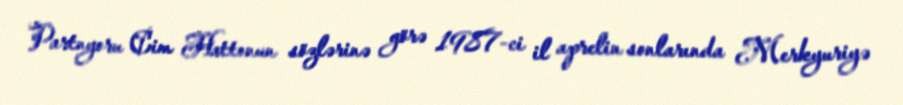
Partnyoru Cim Hattonun sözlərinə görə 1987-ci il aprelin sonlarında Merkyuriyə